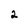
Character: 2